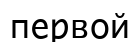
первой